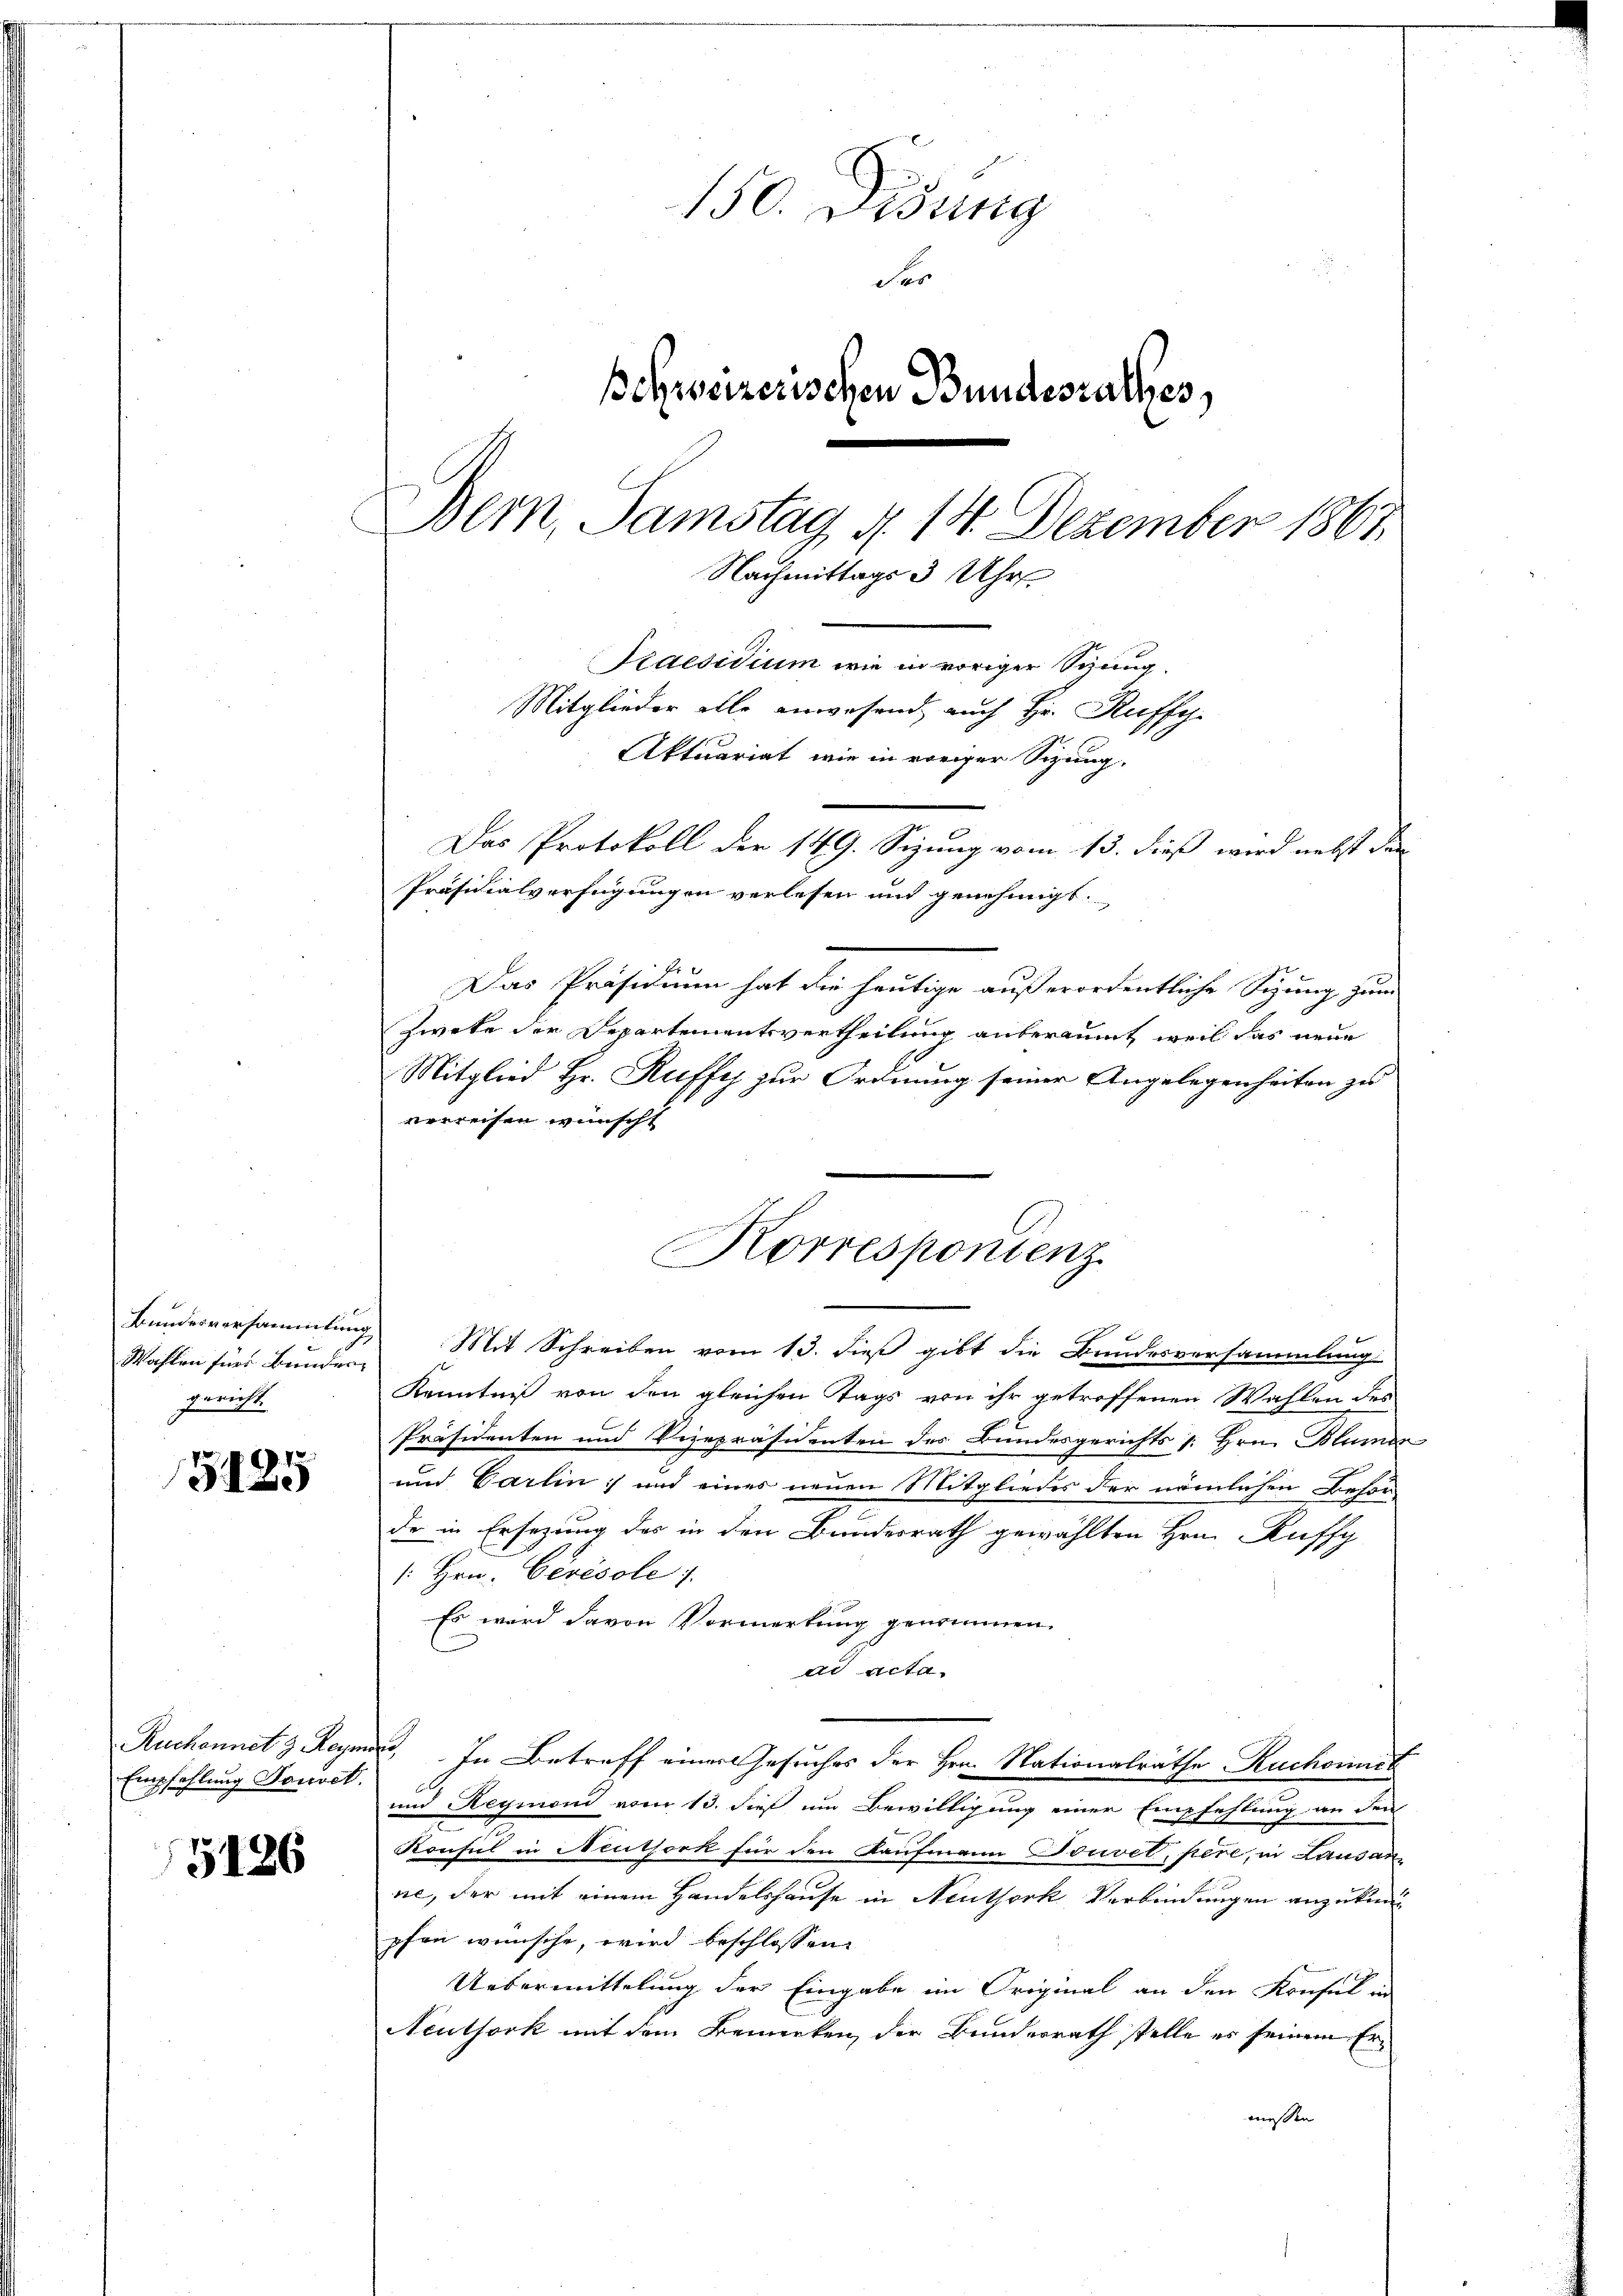
Bundesversammlung
Wahlen für Bunden
gericht.

5425

Ruckennet & Reym
Empfehlung Souvet.

5126

150. Disung
der
schweizerischen Bundesrathes,
E
Bern, Samstag d. 14. Dezember 1867
Nachmittags 3 Uhr.
Praesidium wie in voriger Sitzung.
Mitglieder alle anwesend, auch Hr. Ruffy.
Aktuariat wie in voriger Sizung.
Das Protokoll der 149. Sizung vom 13. dieß wird nebst den

Präsidialverfügungen verlesen und genehmigt.

Das Präsidium hat die heutige außerordentliche Sizung zum
Zweke der Departementsvertheilung anberaumt, weil das neue
Mitglied Hr. Ruffe zur Ordnung seiner Angelegenheiten zu
vrweisen wünscht
 Mit Schreiben vom 13. dieß gibt die Bundesversammlung
Kenntniß von den gleichen Tags von ihr getroffenen Wahlen des
Präsidenten und Vizepräsidenten des Bundesgerichts [: Hrn. Blümer
und Carlin] und eines neuen Mitgliedes der nämlichen Behör-
de in Ersezung des in den Bundesrath gewählten Hrn. Kuffg
: Hrn. Cerésole
Es wird davon Vormerkung genommen.
d Acta.
un. In Betreff einer Gesuches der Hrn. Nationalräthe Ruchowck
und Reymond vom 13. dieß um Bewilligung einer Empfehlung an den
Konsul in Neuthork für den Kaufmann Souvel, pere, in Lausan
ne, der mit einem Handelshause in Neuthork Verbindungen anzukun
pfen wünsche, wird beschlossen,
Uebermittelung der Eingabe im Original an den Konsul in
Neuthork mit dem Bemerken, der Bundesrath stelle es seinem Ermessen

Korrespontenz